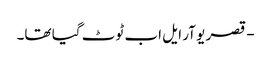
- قصر یو آر ایل اب ٹوٹ گیا تھا۔